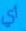
أي